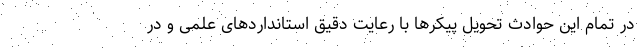
در تمام این حوادث تحویل پیکرها با رعایت دقیق استانداردهای علمی و در